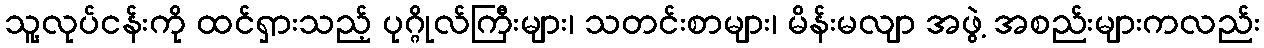
သူ့လုပ်ငန်းကို ထင်ရှားသည့် ပုဂ္ဂိုလ်ကြီးများ၊ သတင်းစာများ၊ မိန်းမလျာ အဖွဲ့ အစည်းများကလည်း